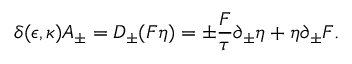
\delta ( \epsilon , \kappa ) A _ { \pm } = D _ { \pm } ( F \eta ) = \pm { \frac { F } { \tau } } \partial _ { \pm } \eta + \eta \partial _ { \pm } F .